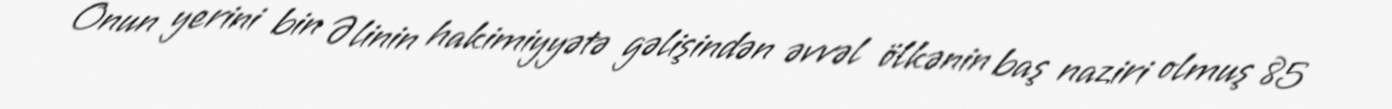
Onun yerini bin Əlinin hakimiyyətə gəlişindən əvvəl ölkənin baş naziri olmuş 85